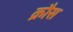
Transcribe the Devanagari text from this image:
क्रौस